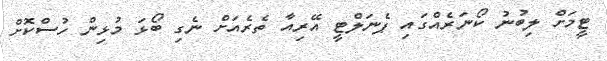
ޓީމަށް ލިބުނު ކޯނަރެއްގައި ޕެނަލްޓީ އޭރިއާ ތެރެއަށް ނެގި ބޯޅަ މުޅިން ހުސްކޮށް